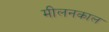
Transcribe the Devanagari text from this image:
मीलनकाल